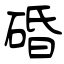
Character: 碈